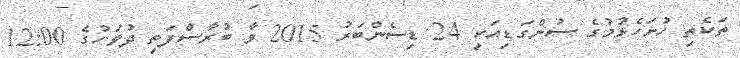
ތަކެތި ހުށަހެޅުމުގެ ސުންގަޑިއަކީ 24 ޑިސެންބަރު 2015 ވާ ބުރާސްފަތި ދުވަހުގެ 12:00